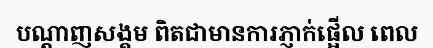
បណ្តាញសង្គម ពិតជាមានការភ្ញាក់ផ្អើល ពេល